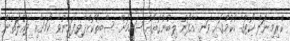
ކްރިމިނަލް ކޯޓުގެ ހުކުމްގައި ވަނީ އެފޯނު ލިބުނުގޮތެއް ޝަހީމަށް ސާބިތުކޮށްދެވިފައިނުވާ ކަމަށާއި ދައުލަތުން